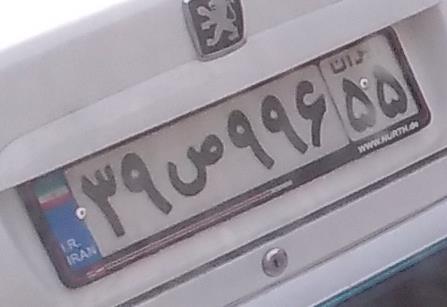
۳۹ص۹۹۶۵۵